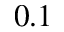
0 . 1